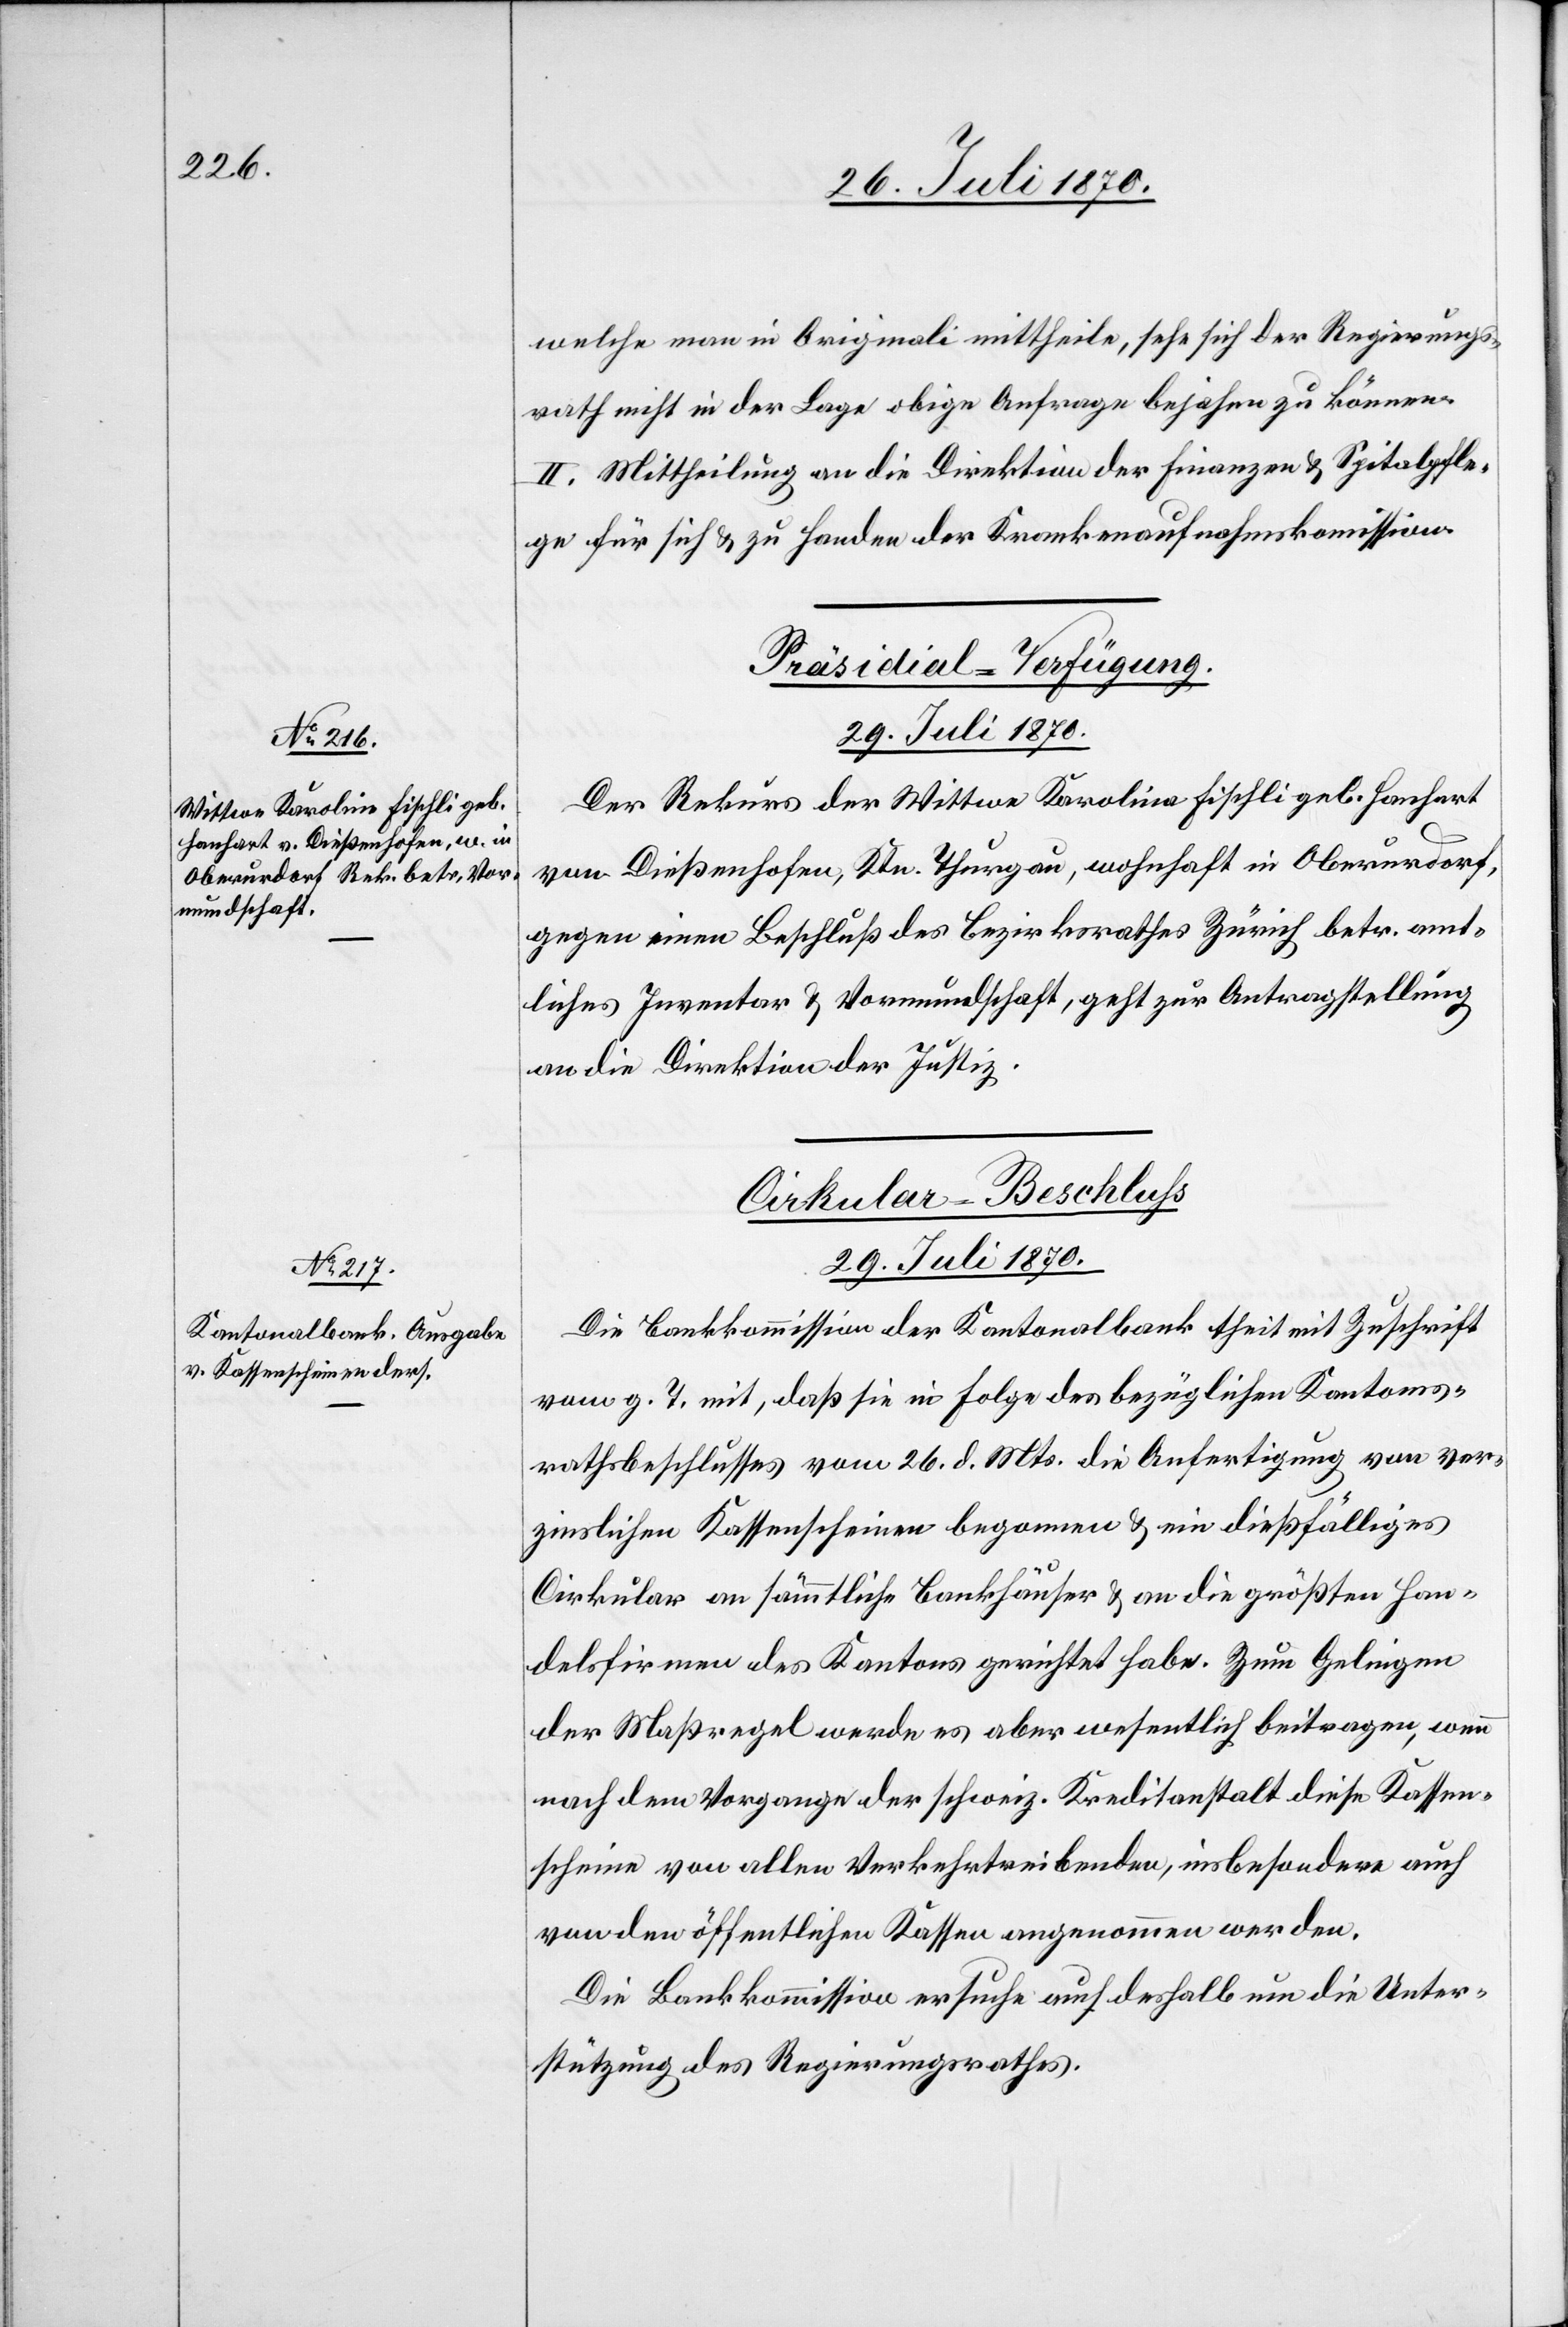
welche man in Originali mittheile, sehe sich der Regierungs¬
rath nicht in der Lage obige Anfrage bejahen zu können.
II. Mittheilung an die Direktion der Finanzen & Spitalpfle¬
ge für sich & zu Handen der Krankenaufnahmskommission.
Präsidial-Verfügung.
29. Juli 1870.
Der Rekurs der Wittwe Karolina [sic!] Fischli geb. Hanhart
von Dießenhofen, Ktn. Thurgau, wohnhaft in Oberurdorf,
gegen einen Beschluß des Bezirksrathes Zürich betr. amt¬
liches Inventar & Vormundschaft, geht zur Antragstellung
an die Direktion der Justiz.
Cirkular-Beschluss
29. Juli 1870.
Die Bankkommission der Kantonalbank theilt mit Zuschrift
vom g. T mit, daß sie in Folge des bezüglichen Kantons¬
rathsbeschlusses vom 26. d. Mts. die Anfertigung von ver¬
zinslichen Kassenscheinen begonnen & ein dießfälliges
Cirkular an sämmtliche Bankhäuser & an die größten Han¬
delsfirmen des Kantons gerichtet habe. Zum Gelingen
der Maßregel werde es aber wesentlich beitragen, wenn
nach dem Vorgange der schweiz. Kreditanstalt diese Kassen¬
scheine von allen Verkehrtreibenden, insbesondere auch
von den öffentlichen Kassen angenommen werden.
Die Bankkommission ersuche auch deshalb um die Unter¬
stützung des Regierungsrathes.